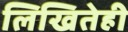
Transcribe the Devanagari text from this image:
लिखितेही